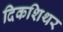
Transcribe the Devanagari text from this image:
दिकशिथर